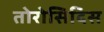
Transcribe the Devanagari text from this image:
तोरोसिदिस